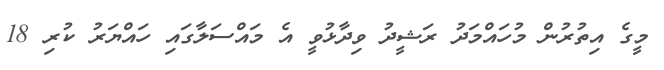
މީގެ އިތުރުން މުހައްމަދު ރަޝީދު ވިދާޅުވީ އެ މައްސަލާގައި ހައްޔަރު ކުރި 18